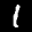
Label: 1